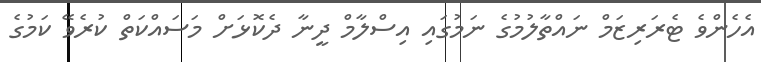
އެހެންވެ ޓެރަރިޒަމް ނައްތާލުމުގެ ނަމުގައި އިސްލާމް ދީނާ ދެކޮޅަށް މަސައްކަތް ކުރެވޭ ކަމުގެ